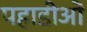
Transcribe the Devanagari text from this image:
पहाडीओं